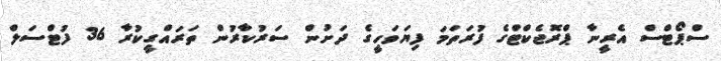
ސްޕޯޓްސް އެރީނާ ޕްރޮޖެކްޓްގެ ފުރަތަމަ ފިޔަވަހީގެ ދަށުން ސަރުކާރުން ތަރައްގީކުރާ 36 ފުޓްސަލް